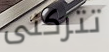
تتركنى